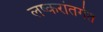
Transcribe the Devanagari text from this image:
लष्करांतर्गत